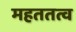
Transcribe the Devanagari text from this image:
महततत्व